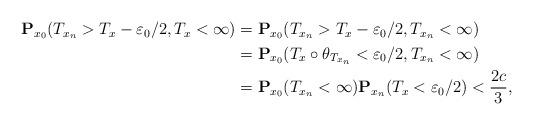
LaTeX: \begin{align*}\begin{aligned} \mathbf{P}_{x_0}(T_{x_n}>T_x-\varepsilon_0/2, T_x<\infty)&=\mathbf{P}_{x_0}(T_{x_n}>T_x-\varepsilon_0/2, T_{x_n}<\infty) \\ &=\mathbf{P}_{x_0}(T_x\circ \theta_{T_{x_n}}<\varepsilon_0/2, T_{x_n}<\infty) \\ &=\mathbf{P}_{x_0}(T_{x_n}<\infty) \mathbf{P}_{x_n}(T_x<\varepsilon_0/2)<\frac{2c}{3},\end{aligned}\end{align*}